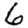
Digit: 6